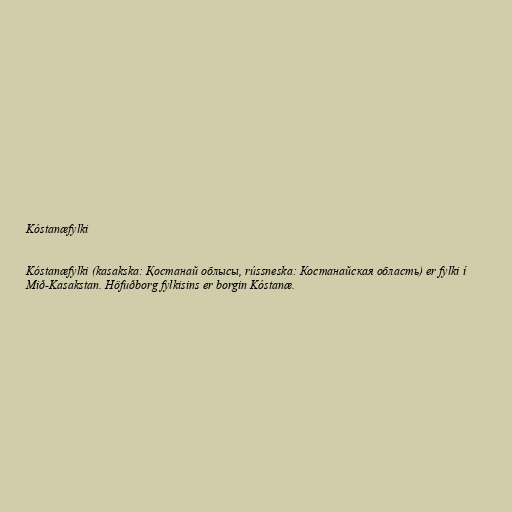
Kóstanæfylki

Kóstanæfylki (kasakska: Қостанай облысы, rússneska: Костанайская область) er fylki í
Mið-Kasakstan. Höfuðborg fylkisins er borgin Kóstanæ.